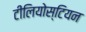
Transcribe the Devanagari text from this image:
टीलियोस्टियन